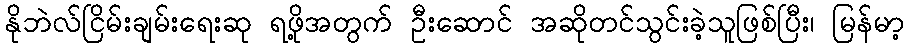
နိုဘဲလ်ငြိမ်းချမ်းရေးဆု ရဖို့အတွက် ဦးဆောင် အဆိုတင်သွင်းခဲ့သူဖြစ်ပြီး၊ မြန်မာ့